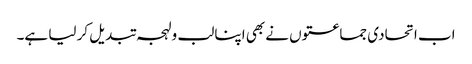
اب اتحادی جماعتوں نے بھی اپنا لب و لہجہ تبدیل کر لیا ہے۔